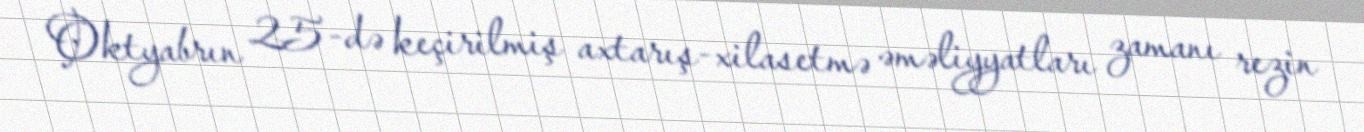
Oktyabrın 25-də keçirilmiş axtarış-xilasetmə əməliyyatları zamanı rezin